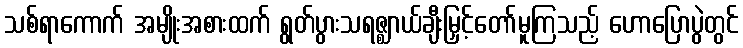
သစ်ရာကောက် အမျိုးအစားထက် ရွတ်ပွားသရဇ္ဈာယ်ချီးမြှင့်တော်မူကြသည့် ဟောပြောပွဲတွင်